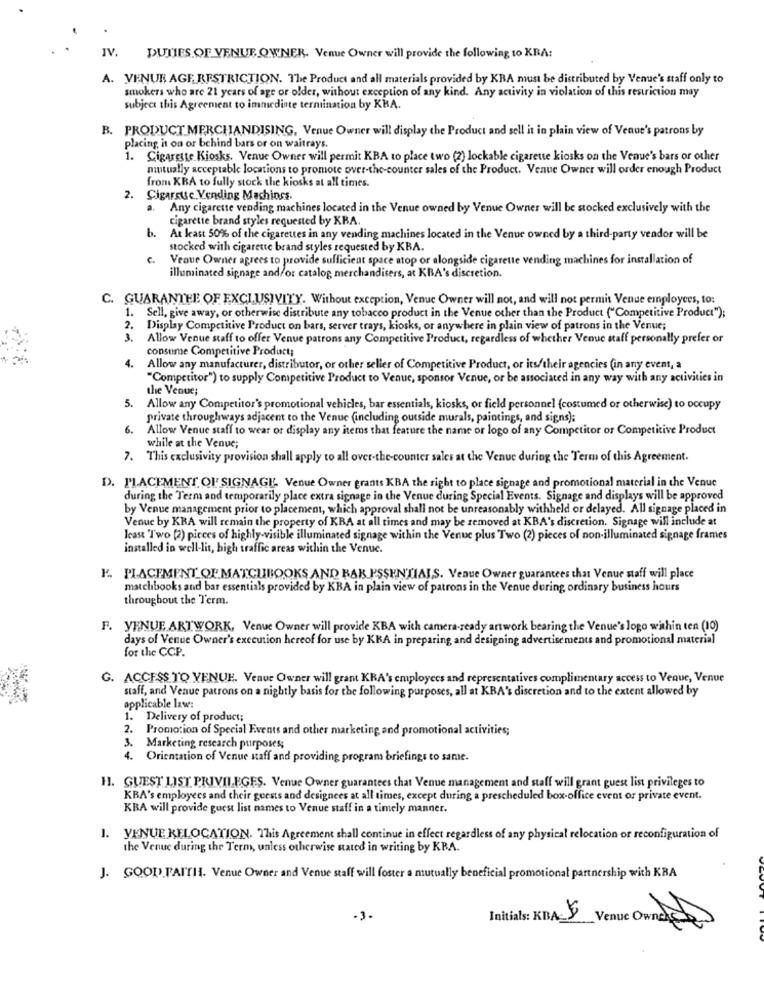
IV.
DUTIES OF VENUE OWNER. Venue Owner will provide the following to KRA:
A. VENUE AGE, RESTRICTION. The Product and all materials provided by KRA must be distributed by Venue's staff only to
smokers who are 21 years of age or older, without exception of any kind. Any activity in violation of this restriction may
subject this Agreement to immediate termination by KBA.
B. PRODUCT MERCHANDISING, Venue Owner will display the Product and sell it in plain view of Venue's patrons by
placing, it on or behind bars or on waitrays.
1. Cigarette Kiosks. Venue Owner will permit KBA to place two (2) lockable cigarette kiosks on the Venue's bars or other
mutually acceptable locations to promote over-the-counter sales of the Product. Venue Owner will order enough Product
from KBA to fully stock the kiosks at all times.
2. Cigarsue. Vending Machinss.
a.
Any cigarette vending machines located in the Venue owned by Venue Owner will be stocked exclusively with the
cigarette brand styles requested by KBA.
b.
At least 50% of the cigarettes in any vending machines located in the Venue owned by a third-party vendor will be
stocked with cigarette brand styles requested by KBA.
C.
Veque Owner agrees to provide sufficient space atop or alongside cigarette vending machines for installation of
illuminated signage and/or catalog merchandisers, at KBA's discretion.
C. GUARANTEE OF EXCLUSIVITY. Without exception, Venue Owner will not, and will not permit Venue employees, to:
1. Sell, give away, or otherwise distribute any tobacco product in the Venue other than the Product ("Competitive Product");
2. Display Competitive Product on bars, server trays, kiosks, or anywhere in plain view of patrons in the Venue;
3.
Allow Venue staff to offer Venue patrons any Competitive Product, regardless of whether Venue staff personally prefer or
consume Competitive Product;
4.
Allow any manufacturer, distributor, or other seller of Competitive Product, or its/their agencies (in any event, a
"Competitor") to supply Competitive Product to Venue, sponsor Venue, or be associated in any way with any activities in
the Venue;
. Allow any Competitor's promotional vehicles, bar essentials, kiosks, or field personnel (costumed or otherwise) to occupy
private throughways adjacent to the Venue (including outside murals, paintings, and signs);
6.
Allow Venue staff to wear or display any items that feature the name or logo of any Competitor or Competitive Product
while at the Venue;
7. This exclusivity provision shall apply to all over-the-counter sales at the Venue during the Term of this Agreement.
D. PLACEMENT OF SIGNAGE Venue Owner grants KBA the right to place signage and promotional material in the Venue
during the Term and temporarily place extra signage in the Venue during Special Events. Signage and displays will be approved
by Venue management prior to placement, which approval shall not be unreasonably withheld or delayed. All signage placed in
Venue by KRA will remain the property of KBA at all times and may be removed at KBA's discretion. Signage will include at
least 'I'wo [2) pieces of highly-visible illuminated signage within the Venue plus Two (2) pieces of non-illuminated signage frames
installed in well-lit, high traffic areas within the Venue.
F. PLACEMENT OF MATCUIBOOKS AND BAR PSSENTIALS. Venue Owner guarantees that Venue staff will place
matchbooks and bar essentials provided by KBA in plain view of patrons in the Venue during ordinary business hours
throughout the Term.
F. VENUE ARTWORK, Venue Owner will provide KBA with camera-ready artwork bearing the Venue's logo within ten (10)
days of Venue Owner's execution hereof for use by KRA in preparing and designing advertisements and promotional material
for the CCP.
G. ACCESS TO VENUE. Venue Owner will grant KRA's employees and representatives complimentary access to Venue, Venue
staff, and Venue patrons on a nightly basis for the following purposes, all at KBA's discretion and to the extent allowed by
applicable law:
1. Delivery of product;
2. Promotion of Special Events and other marketing and promotional activities;
3. Marketing research purposes;
4. Orientation of Venue staff and providing program briefings to same.
H. GUEST LIST PRIVILEGES. Venue Owner guarantees that Venue management and staff will grant guest list privileges to
KRA's employees and their guests and designees at all times, except during a prescheduled box-office event or private event.
KRA will provide guest list names to Venue staff in a timely manner.
1. VENUE KELOCATION. This Agreement shall continue in effect regardless of any physical relocation or reconfiguration of
the Venue during the Term, unless otherwise stated in writing by KBA.
J. GOOD FAITH. Venue Owner and Venue staff will foster a mutually beneficial promotional partnership with KBA
Initials: KBA 5
Venue Ounds